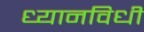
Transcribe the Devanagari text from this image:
ध्यानविधी